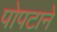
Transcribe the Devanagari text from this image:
पोपटाने